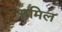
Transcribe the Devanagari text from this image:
समिल